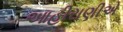
આહીરાણીએ